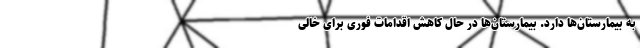
به بیمارستان‌ها دارد. بیمارستان‌ها در حال کاهش اقدامات فوری برای خالی